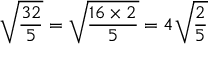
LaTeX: { \sqrt { \frac { 3 2 } { 5 } } } = { \sqrt { \frac { 1 6 \times 2 } { 5 } } } = 4 { \sqrt { \frac { 2 } { 5 } } }